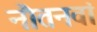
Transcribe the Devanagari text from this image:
नौतनवां